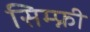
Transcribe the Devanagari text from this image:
सिम्फ्नी